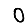
Digit: 0